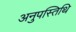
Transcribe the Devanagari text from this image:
अनुपस्तिथि